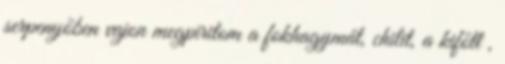
serpenyőben vajon megpiritom a fokhagymát, chilit, a kifőtt ,